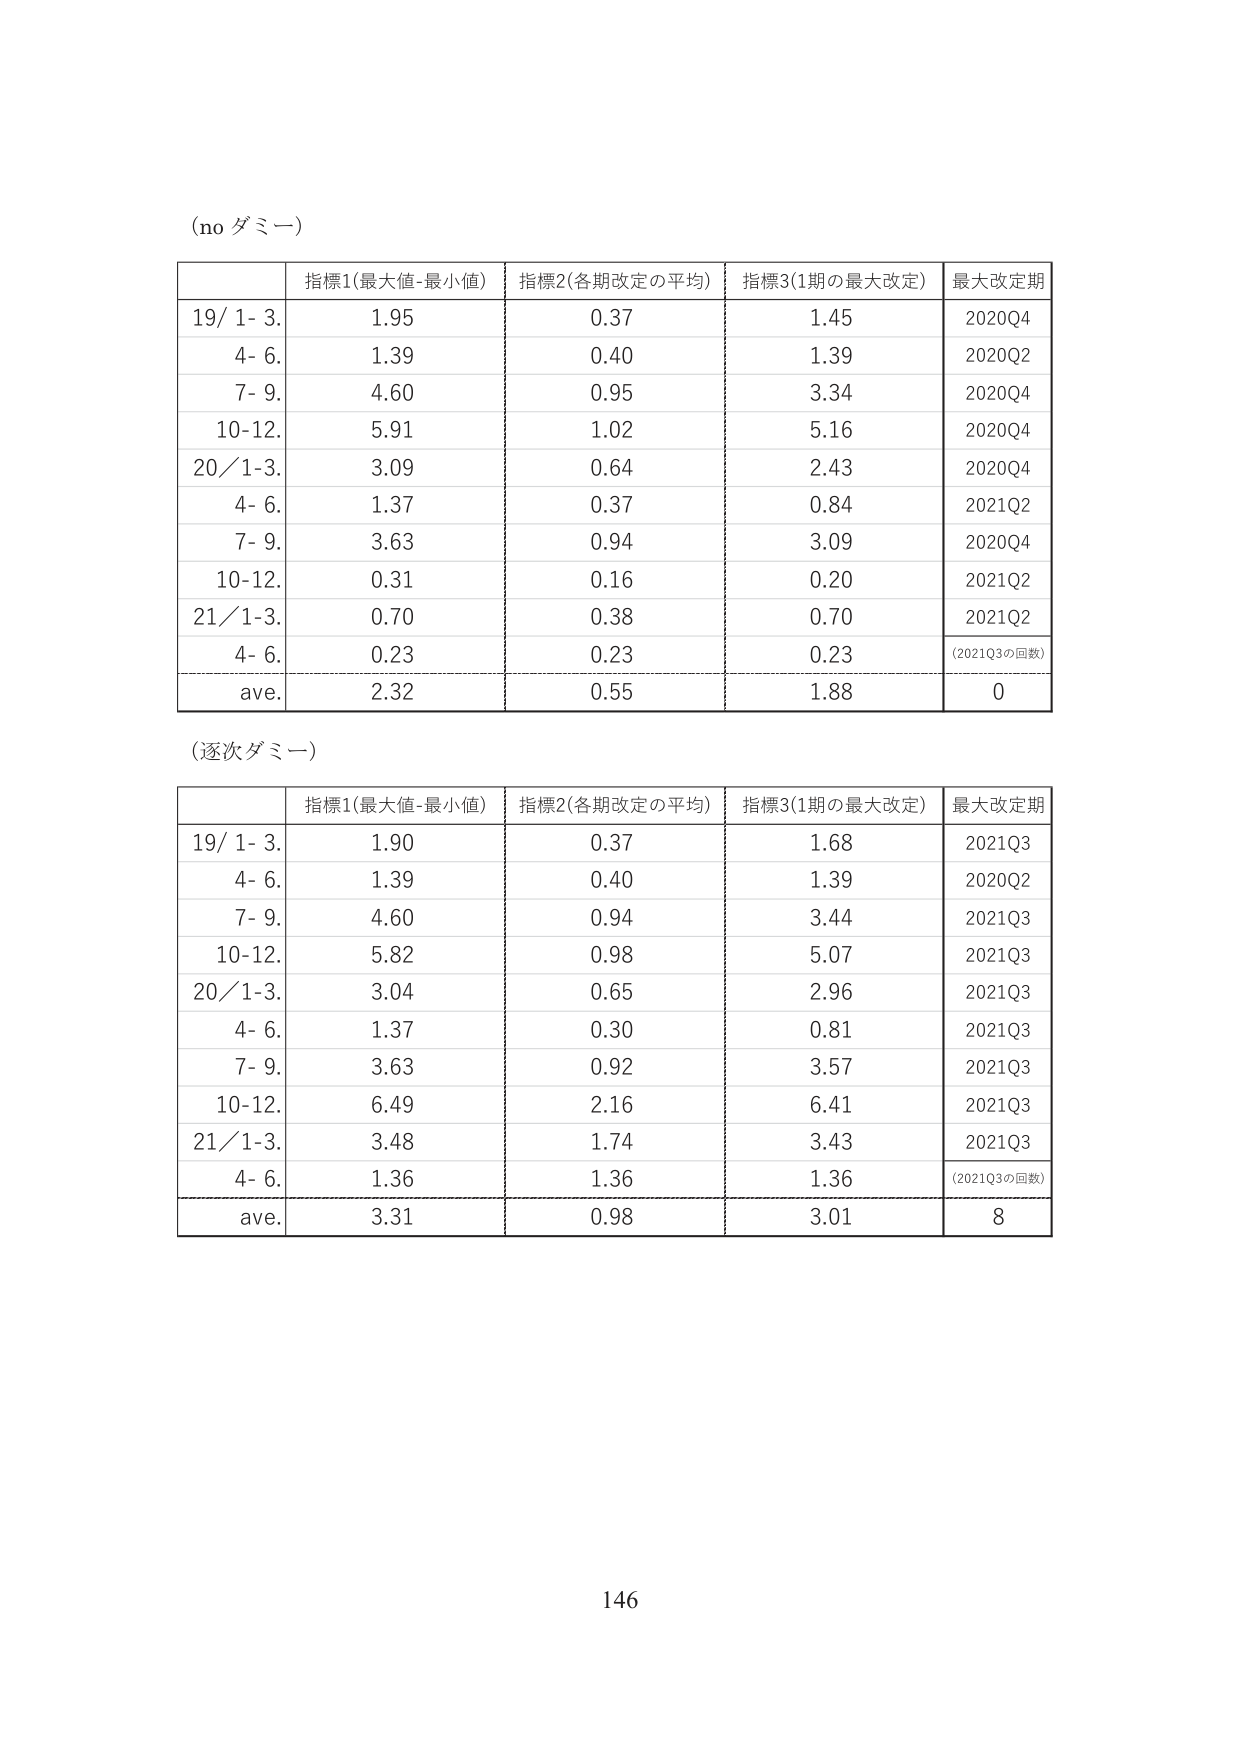
(no ダミー)

| | 指標1(最大値-最小値) | 指標2(各期改定の平均) | 指標3(1期の最大改定) | 最大改定期 |
|---|---|---|---|---|
| 19/ 1- 3. | 1.95 | 0.37 | 1.45 | 2020Q4 |
| 4- 6. | 1.39 | 0.40 | 1.39 | 2020Q2 |
| 7- 9. | 4.60 | 0.95 | 3.34 | 2020Q4 |
| 10-12. | 5.91 | 1.02 | 5.16 | 2020Q4 |
| 20/ 1-3. | 3.09 | 0.64 | 2.43 | 2020Q4 |
| 4- 6. | 1.37 | 0.37 | 0.84 | 2021Q2 |
| 7- 9. | 3.63 | 0.94 | 3.09 | 2020Q4 |
| 10-12. | 0.31 | 0.16 | 0.20 | 2021Q2 |
| 21/ 1-3. | 0.70 | 0.38 | 0.70 | 2021Q2 |
| 4- 6. | 0.23 | 0.23 | 0.23 | (2021Q3の回数) |
| ave. | 2.32 | 0.55 | 1.88 | 0 |

(逐次ダミー)

| | 指標1(最大値-最小値) | 指標2(各期改定の平均) | 指標3(1期の最大改定) | 最大改定期 |
|---|---|---|---|---|
| 19/ 1- 3. | 1.90 | 0.37 | 1.68 | 2021Q3 |
| 4- 6. | 1.39 | 0.40 | 1.39 | 2020Q2 |
| 7- 9. | 4.60 | 0.94 | 3.44 | 2021Q3 |
| 10-12. | 5.82 | 0.98 | 5.07 | 2021Q3 |
| 20/ 1-3. | 3.04 | 0.65 | 2.96 | 2021Q3 |
| 4- 6. | 1.37 | 0.30 | 0.81 | 2021Q3 |
| 7- 9. | 3.63 | 0.92 | 3.57 | 2021Q3 |
| 10-12. | 6.49 | 2.16 | 6.41 | 2021Q3 |
| 21/ 1-3. | 3.48 | 1.74 | 3.43 | 2021Q3 |
| 4- 6. | 1.36 | 1.36 | 1.36 | (2021Q3の回数) |
| ave. | 3.31 | 0.98 | 3.01 | 8 |

146